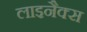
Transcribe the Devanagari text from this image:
लाइनैक्स